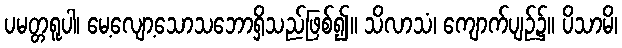
ပမတ္တရူပါ၊ မေ့လျော့သောသဘောရှိသည်ဖြစ်၍။ သိလာသံ၊ ကျောက်ပျဉ်၌။ ပိသာမိ၊